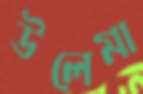
উলেমা